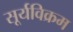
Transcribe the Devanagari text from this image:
सूर्यविक्रम